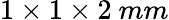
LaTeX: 1\times 1\times 2\ mm